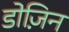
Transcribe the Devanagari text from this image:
डोज़िन